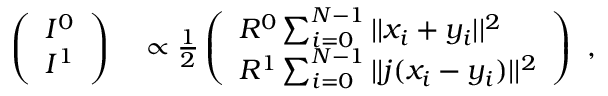
\begin{array} { r l } { \left( \begin{array} { l } { I ^ { 0 } } \\ { I ^ { 1 } } \end{array} \right) } & { { } \propto \frac { 1 } { 2 } \left( \begin{array} { l } { R ^ { 0 } \sum _ { i = 0 } ^ { N - 1 } | | x _ { i } + y _ { i } | | ^ { 2 } } \\ { R ^ { 1 } \sum _ { i = 0 } ^ { N - 1 } | | j ( x _ { i } - y _ { i } ) | | ^ { 2 } } \end{array} \right) } \end{array} ,